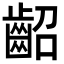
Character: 齠